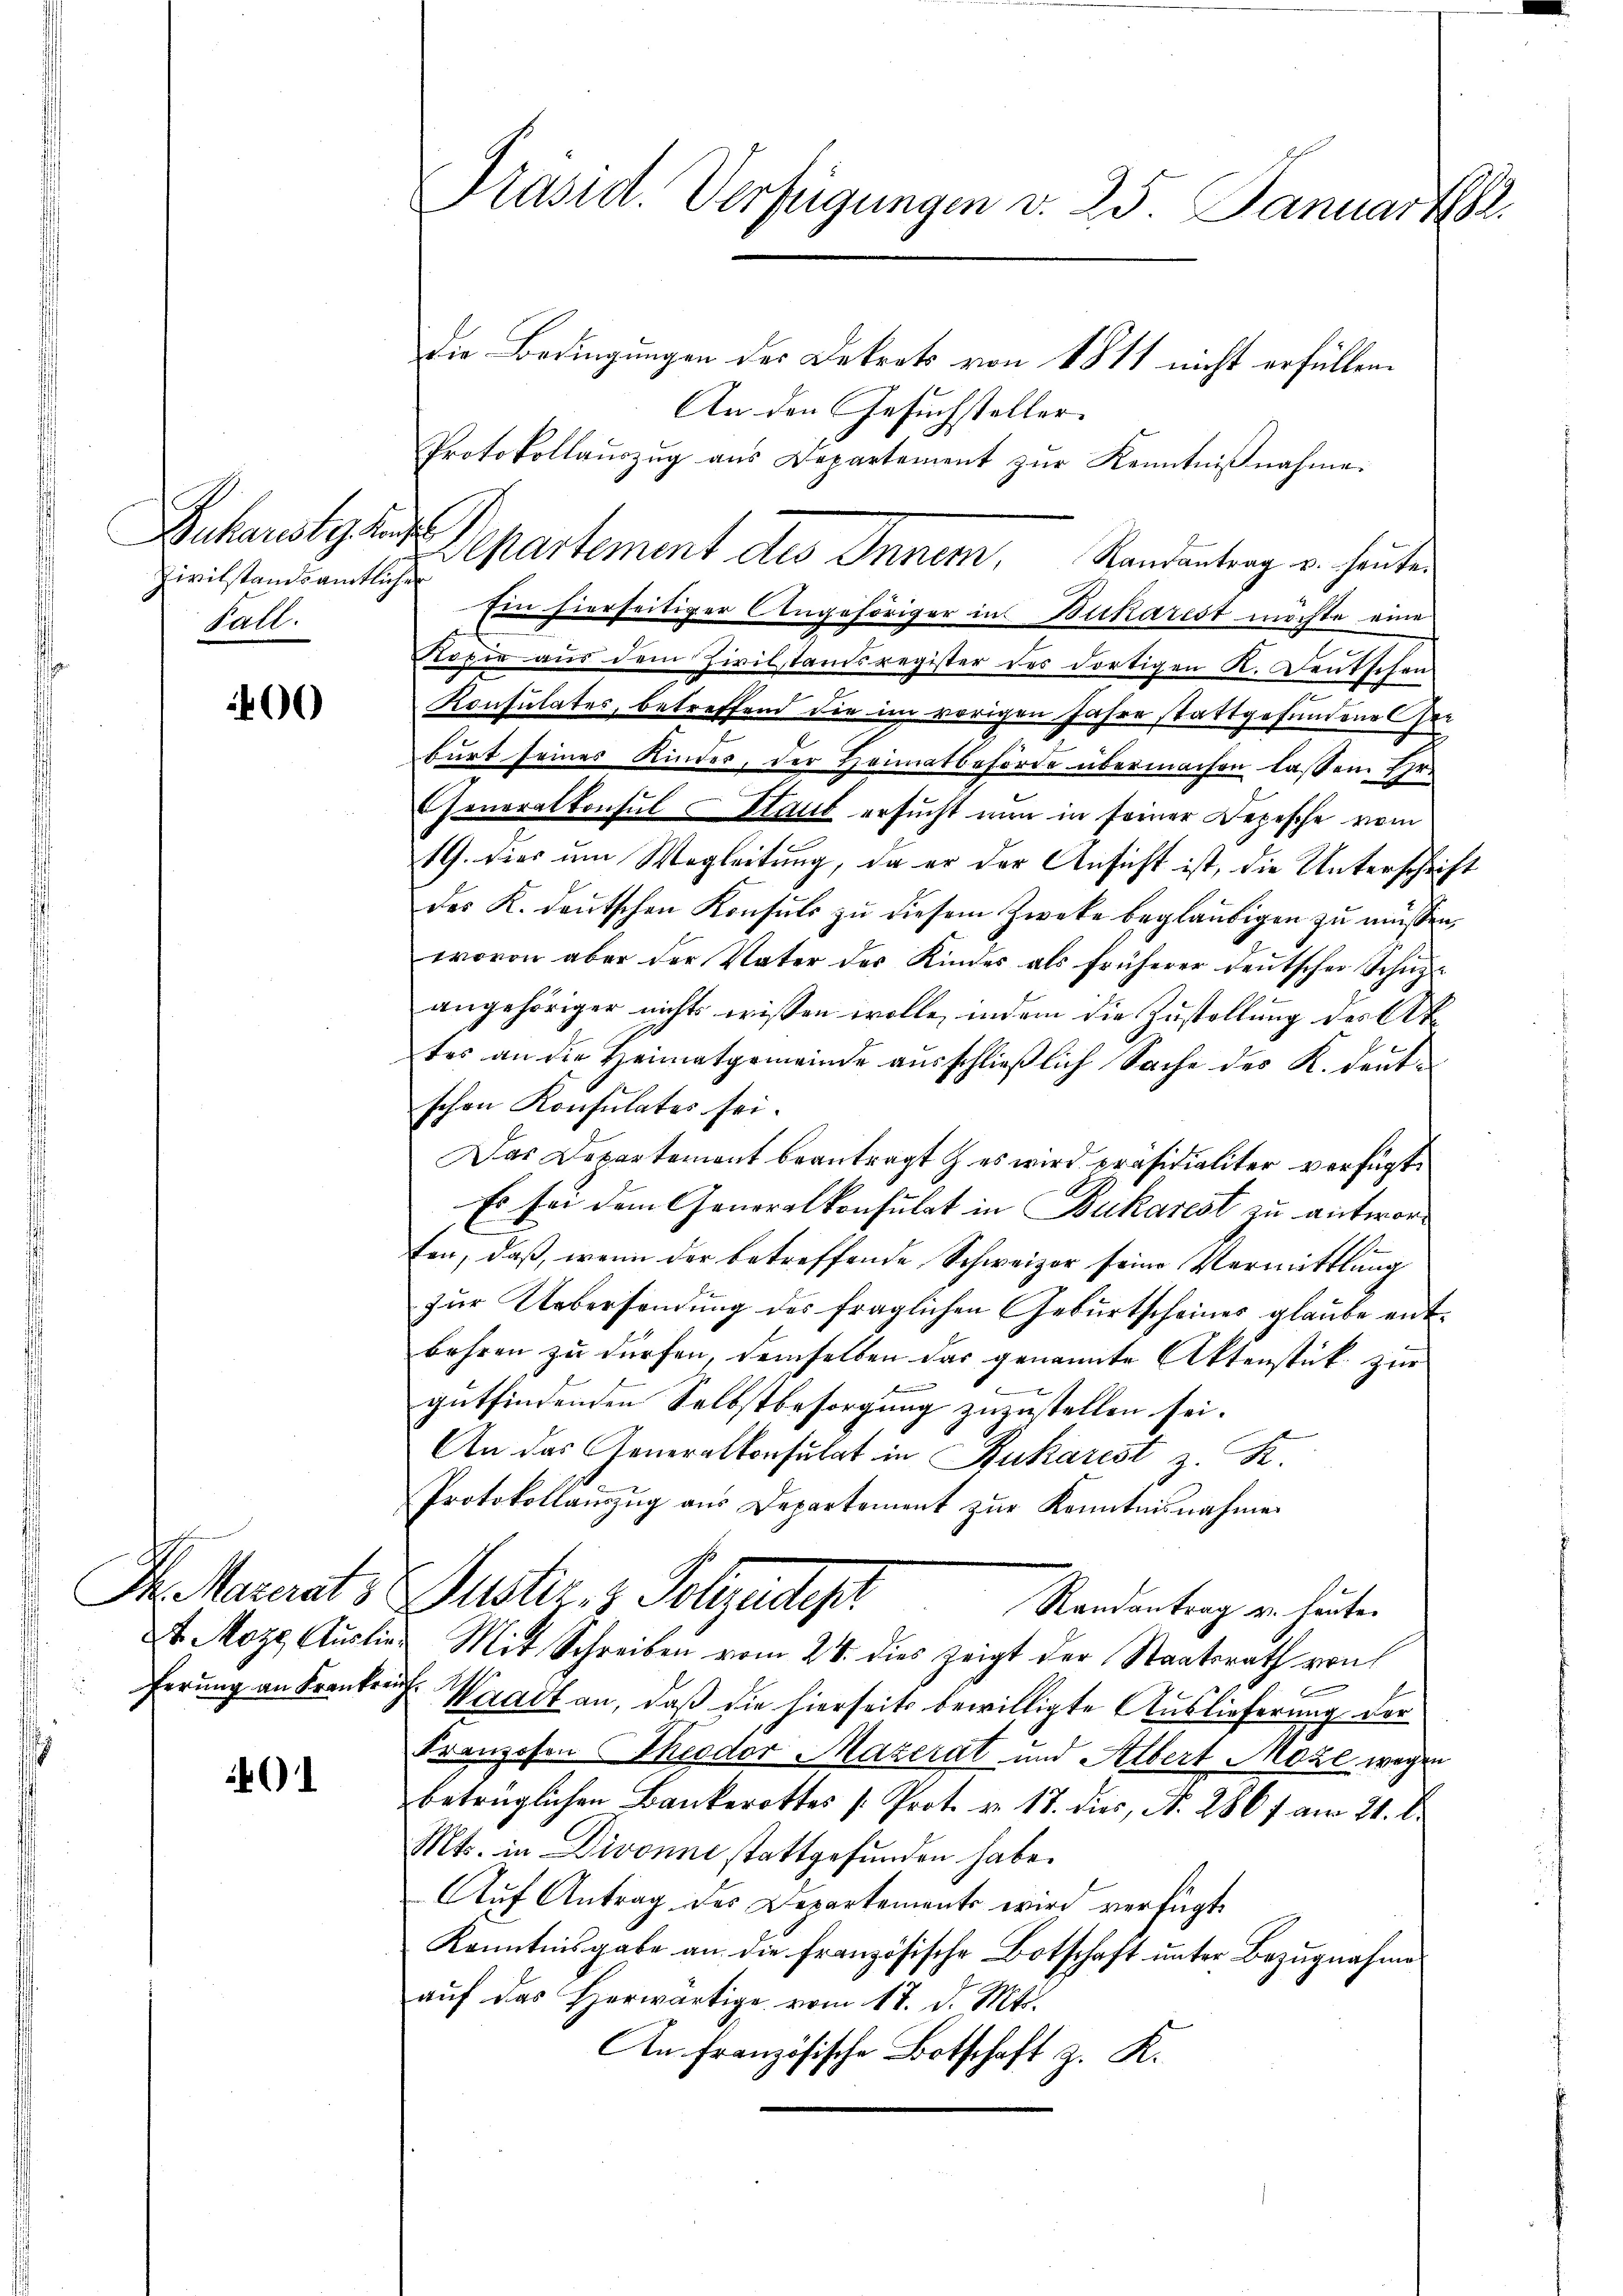
Buchareste des
zivilstandsamtlichen
Fall.

)

Dh. Materats
St Moze Auslie
ferung an Frankre

40

Präsid. Verfügungen v. 25. Januar 18

Die Bedingungen des Dekret von 1811 nicht erfüllen.
An den Gesuchsteller.
Protokollauszug aus Departement zur Kenntnißnahme.
Ein hierseitiger Angehöriger in Bickarest möchte eine
Kopie aus dem Zivilstandsregister des dortigen K. Deutschen
Konsulates, betreffend die im vorigen Jahre stattgefundene Ge-
burt seines Kinder, der Heimatbehörde übermachen laßen Ehre
Generalkonsul Staut ersucht nur in seiner Depesche vom
19. dies am Wegleitung, da er der Ansicht ist, die Unterschrift
des K. deutschen Konsuls zu diesem Zwecke beglaubigen zu müssen,
wovon aber der Vater des Kindes als früherer Deutscher Schüz
angehöriger nichts wissen wolle, indem die Zustellung des Aktes an die Heimatgemeinde ausschließlich Sache des K. deutschen Konsulates sei.
Das Departement beantragt & es wird präsidialiter verfügt:
Es sei dem Generalkonsulat in Bukarest zu antworten, daß, wenn der betreffende Schweizer seine Vermittlung
zŭr Uebersendung des fraglichen Geburtscheines glaube ent-
behren zu dürfen, demselben das genannte Aktenstük zur
.
gutfindenden Selbstbesorgung zuzustellen sei.
An das Generalkonsulat in Rukarest z. R.
Protokollauszug aus Departement zur Kenntnisnahme
Justiz- & Polizeidiger
Randantrag u. heute.
Mit Schreiben vom 28. dies zeigt der Staatsrath von
. Waadt an, daß die hierseits bewilligte Auslieferung der
Franzosen Theodor Mazerat und Albert Moze wegen
betrüglichen Bankerottes [Prot. v. 18. dies, N. 286 f am 21. d.
Mts. in Divonne stattgefunden habe.
Auf Antrag des Departements wird verfügt.
Kenntnisgabe an die Französische Botschaft unter Bezugnahme
aŭf das herwärtige vom 17. d. Mts.
An Französische Botschaft z. K.

Departement des Innen, Randeantrag u. heuten